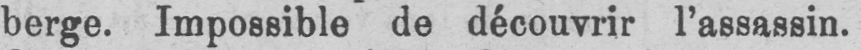
berge. Impossible de découvrir l’assassin.